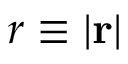
r \equiv | \mathbf { r } |